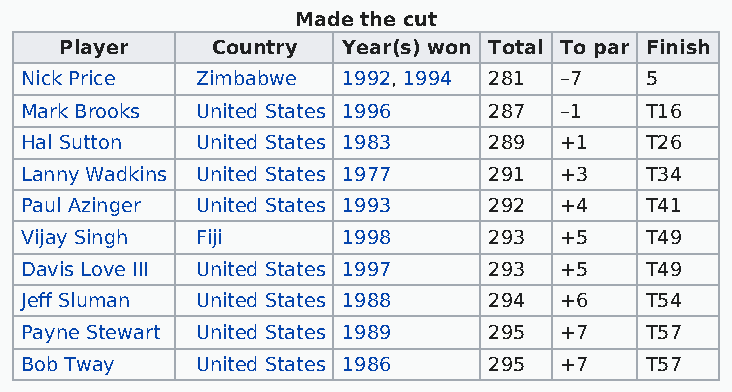
Made the cut
 Player    Country  Year(s) won Total To par Finish
 Nick Price  Zimbabwe  1992, 1994 281 –7   5
 Mark Brooks United States 1996 287  –1    T16
 Hal Sutton  United States 1983 289  +1    T26
 Lanny Wadkins United States 1977 291 +3   T34
 Paul Azinger United States 1993 292 +4    T41
 Vijay Singh Fiji      1998     293  +5    T49
 Davis Love III United States 1997 293 +5  T49
 Jeff Sluman United States 1988 294  +6    T54
 Payne Stewart United States 1989 295 +7   T57
 Bob Tway    United States 1986 295  +7    T57